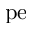
\mathrm { p e }